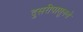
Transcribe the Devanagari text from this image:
दुसरीपासूनचे